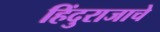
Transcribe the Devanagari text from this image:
हिंदुराजाचे